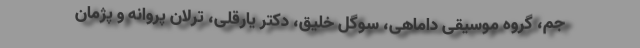
جم، گروه موسیقی داماهی، سوگل خلیق، دکتر یارقلی، ترلان پروانه و پژمان